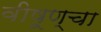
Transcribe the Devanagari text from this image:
वीषूण्चा